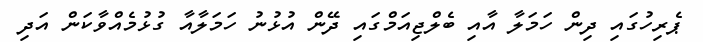
ޕެރިހުގައި ދިން ހަމަލާ އާއި ބެލްޖިއަމްގައި ދޭން އުޅުނު ހަމަލާއާ ގުޅުމެއްވާކަން އަދި